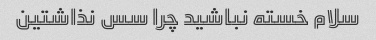
سلام خسته نباشید چرا سس نذاشتین